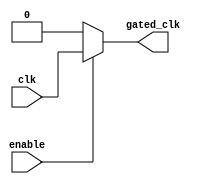
module clock_gating_cell (
    input wire clk,           // Global clock input
    input wire enable,        // Enable signal for clock gating
    output wire gated_clk     // Gated clock output
);
    assign gated_clk = enable ? clk : 1'b0; // Pass clock if enabled, else output 0
endmodule